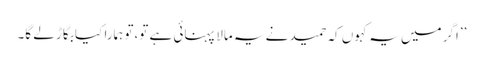
’’اگر میں یہ کہوں کہ حمید نے یہ مالا پہنائی ہے تو،تو ہمارا کیا بگاڑ لے گا۔